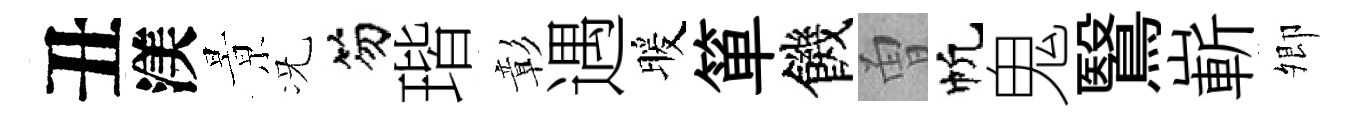
丑渼㬌况笏瑎彰遇暖箪饑曽帆鬼鷖嶄𡖖